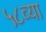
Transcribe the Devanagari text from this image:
५८व्या